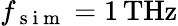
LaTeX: f_{\mathrm{~s~i~m~}}=1\, \mathrm{THz}